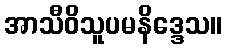
အာသီဝိသူပမနိဒ္ဒေသ။